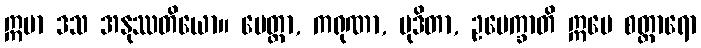
ဣမာ ဒသ အနုဿတိယော။ မေတ္တာ, ကရုဏာ, မုဒိတာ, ဥပေက္ခာတိ ဣမေ စတ္တာရော